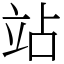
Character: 站